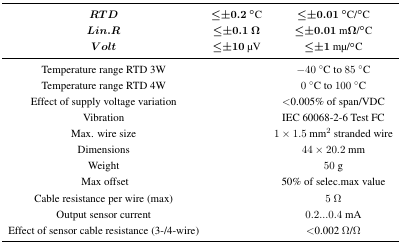
<table><thead><tr><td><b><i>RTD</i></b></td><td><b>≤±0.2 <sup>°</sup>C</b></td><td><b>≤±0.01 °C/°C</b></td></tr><tr><td><b><i>Lin.R</i></b></td><td><b>≤±0.1 Ω</b></td><td><b>≤±0.01 mΩ/°C</b></td></tr><tr><td><b><i>V olt</i></b></td><td><b>≤±10 μV</b></td><td><b>≤±1 mμ/°C</b></td></tr></thead><tbody><tr><td>Temperature range RTD 3W</td><td></td><td>−40 °C to 85 °C</td></tr><tr><td>Temperature range RTD 4W</td><td></td><td>0 °C to 100 °C</td></tr><tr><td>Effect of supply voltage variation</td><td></td><td>&lt;0.005% of span/VDC</td></tr><tr><td>Vibration</td><td></td><td>IEC 60068-2-6 Test FC</td></tr><tr><td>Max. wire size</td><td></td><td>1 x 1.5 mm<sup>2</sup> stranded wire</td></tr><tr><td>Dimensions</td><td></td><td>44 x 20.2 mm</td></tr><tr><td>Weight</td><td></td><td>50 g</td></tr><tr><td>Max offset</td><td></td><td>50% of selec.max value</td></tr><tr><td>Cable resistance per wire (max)</td><td></td><td>5 Ω</td></tr><tr><td>Output sensor current</td><td></td><td>0.2...0.4 mA</td></tr><tr><td>Effect of sensor cable resistance (3-/4-wire)</td><td></td><td>&lt;0.002 Ω/Ω</td></tr></tbody></table>